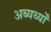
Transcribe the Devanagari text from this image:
अब्यर्थ्यों